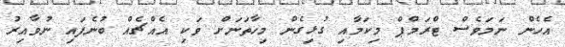
އެހެން ނަމަވެސް ޓްރަމްޕް މިކަމާއި ގުޅިގެން މިހާތަނަށް ވަކި އެއްޗެއް ބުނެފައި ނުވާއިރު